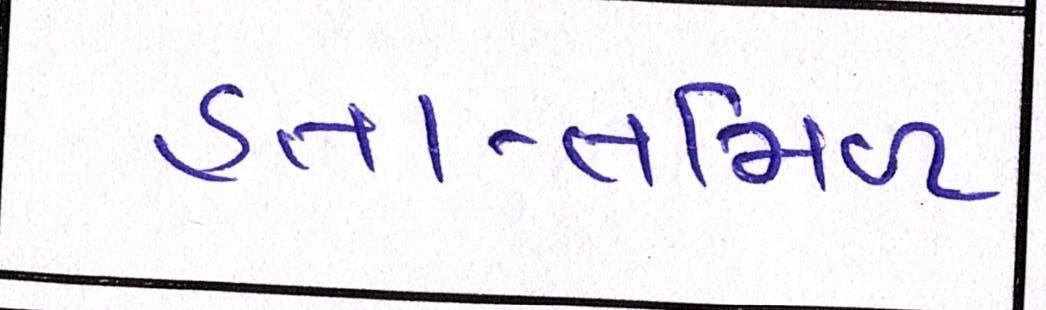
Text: હતા-તમિળ